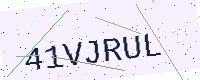
Text: 41VJRUL